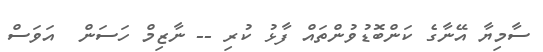
ސާމިޔާ އޭނާގެ ކަންބޮޑުވުންތައް ފާޅު ކުރި -- ނާޒިމް ހަސަން  އަވަސް